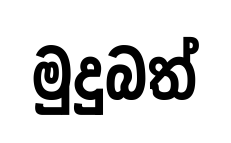
මුදුබත්